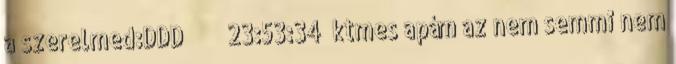
a szerelmed:DDD♥♥♥♥♥♥ 23:53:34 ktmes apám az nem semmi nem